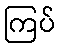
ကြပ်